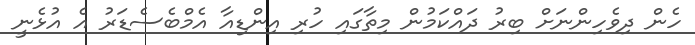
ހެން ދިވެހިންނަށް ބިރު ދައްކަމުން މިތާގައި ހުރި އިންޑިއާ އެމްބެސެޑަރު އެ އުޅެނީ